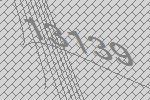
13139